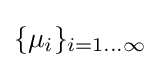
\{\mu _{i}\}_{i=1\dots \infty }